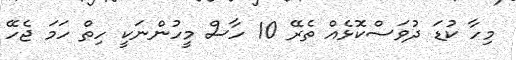
މިހާ ކުޑަ ދުވަސްކޮޅެއް ތެރޭ 10 ހާސް މީހުންނަކީ ހިތް ހަމަ ޖެހޭ